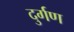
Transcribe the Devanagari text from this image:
दुर्गण